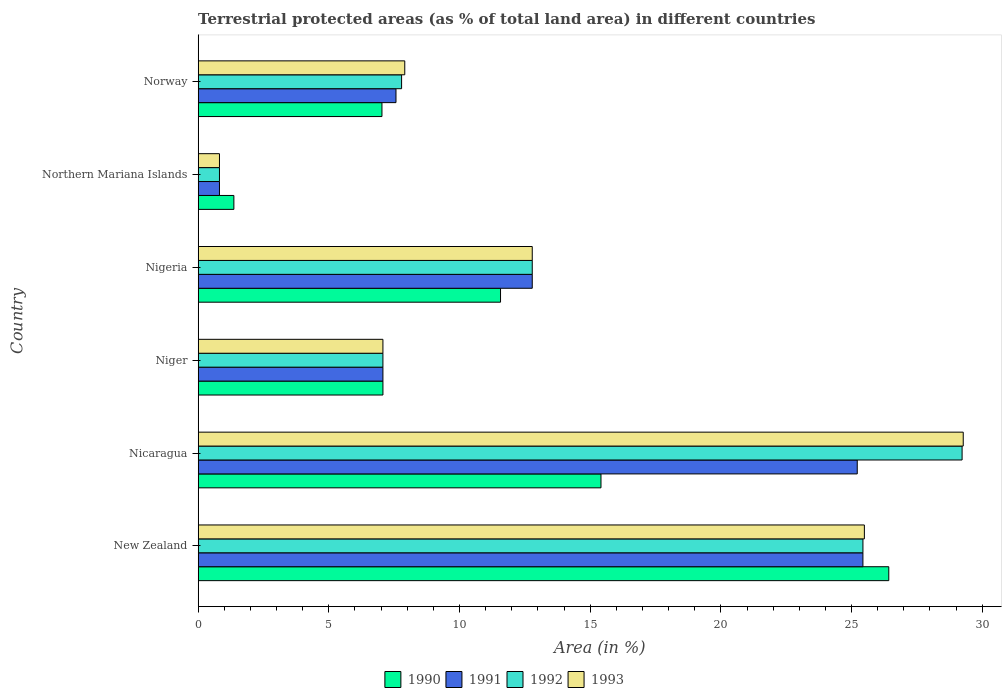
| Country | 1990 | 1991 | 1992 | 1993 |
 | --- | --- | --- | --- | --- |
 | New Zealand | 26.4 | 25.4 | 25.4 | 25.5 |
 | Nicaragua | 15.4 | 25.2 | 29.2 | 29.3 |
 | Niger | 7.07 | 7.07 | 7.07 | 7.07 |
 | Nigeria | 11.6 | 12.8 | 12.8 | 12.8 |
 | Northern Mariana Islands | 1.37 | 0.815 | 0.815 | 0.815 |
 | Norway | 7.03 | 7.57 | 7.78 | 7.9 |